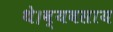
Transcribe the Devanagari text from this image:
थे।व्यवसाय